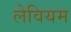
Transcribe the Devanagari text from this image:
लेवियम